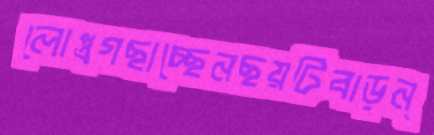
লোপ্ত্রগছাচ্ছেনছয়টিবাড়ন্